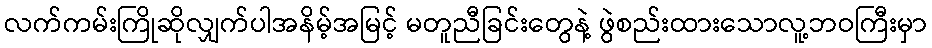
လက်ကမ်းကြိုဆိုလျှက်ပါအနိမ့်အမြင့် မတူညီခြင်းတွေနဲ့ ဖွဲစည်းထားသောလူ့ဘဝကြီးမှာ